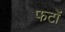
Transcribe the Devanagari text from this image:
फटों